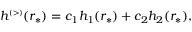
\begin{array} { r } { h ^ { \scriptscriptstyle ( > ) } ( r _ { * } ) = c _ { 1 } h _ { 1 } ( r _ { * } ) + c _ { 2 } h _ { 2 } ( r _ { * } ) , } \end{array}